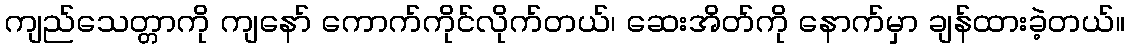
ကျည်သေတ္တာကို ကျနော် ကောက်ကိုင်လိုက်တယ်၊ ဆေးအိတ်ကို နောက်မှာ ချန်ထားခဲ့တယ်။